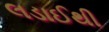
લડાઈથી